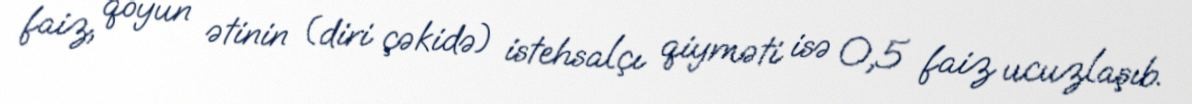
faiz, qoyun ətinin (diri çəkidə) istehsalçı qiyməti isə 0,5 faiz ucuzlaşıb.